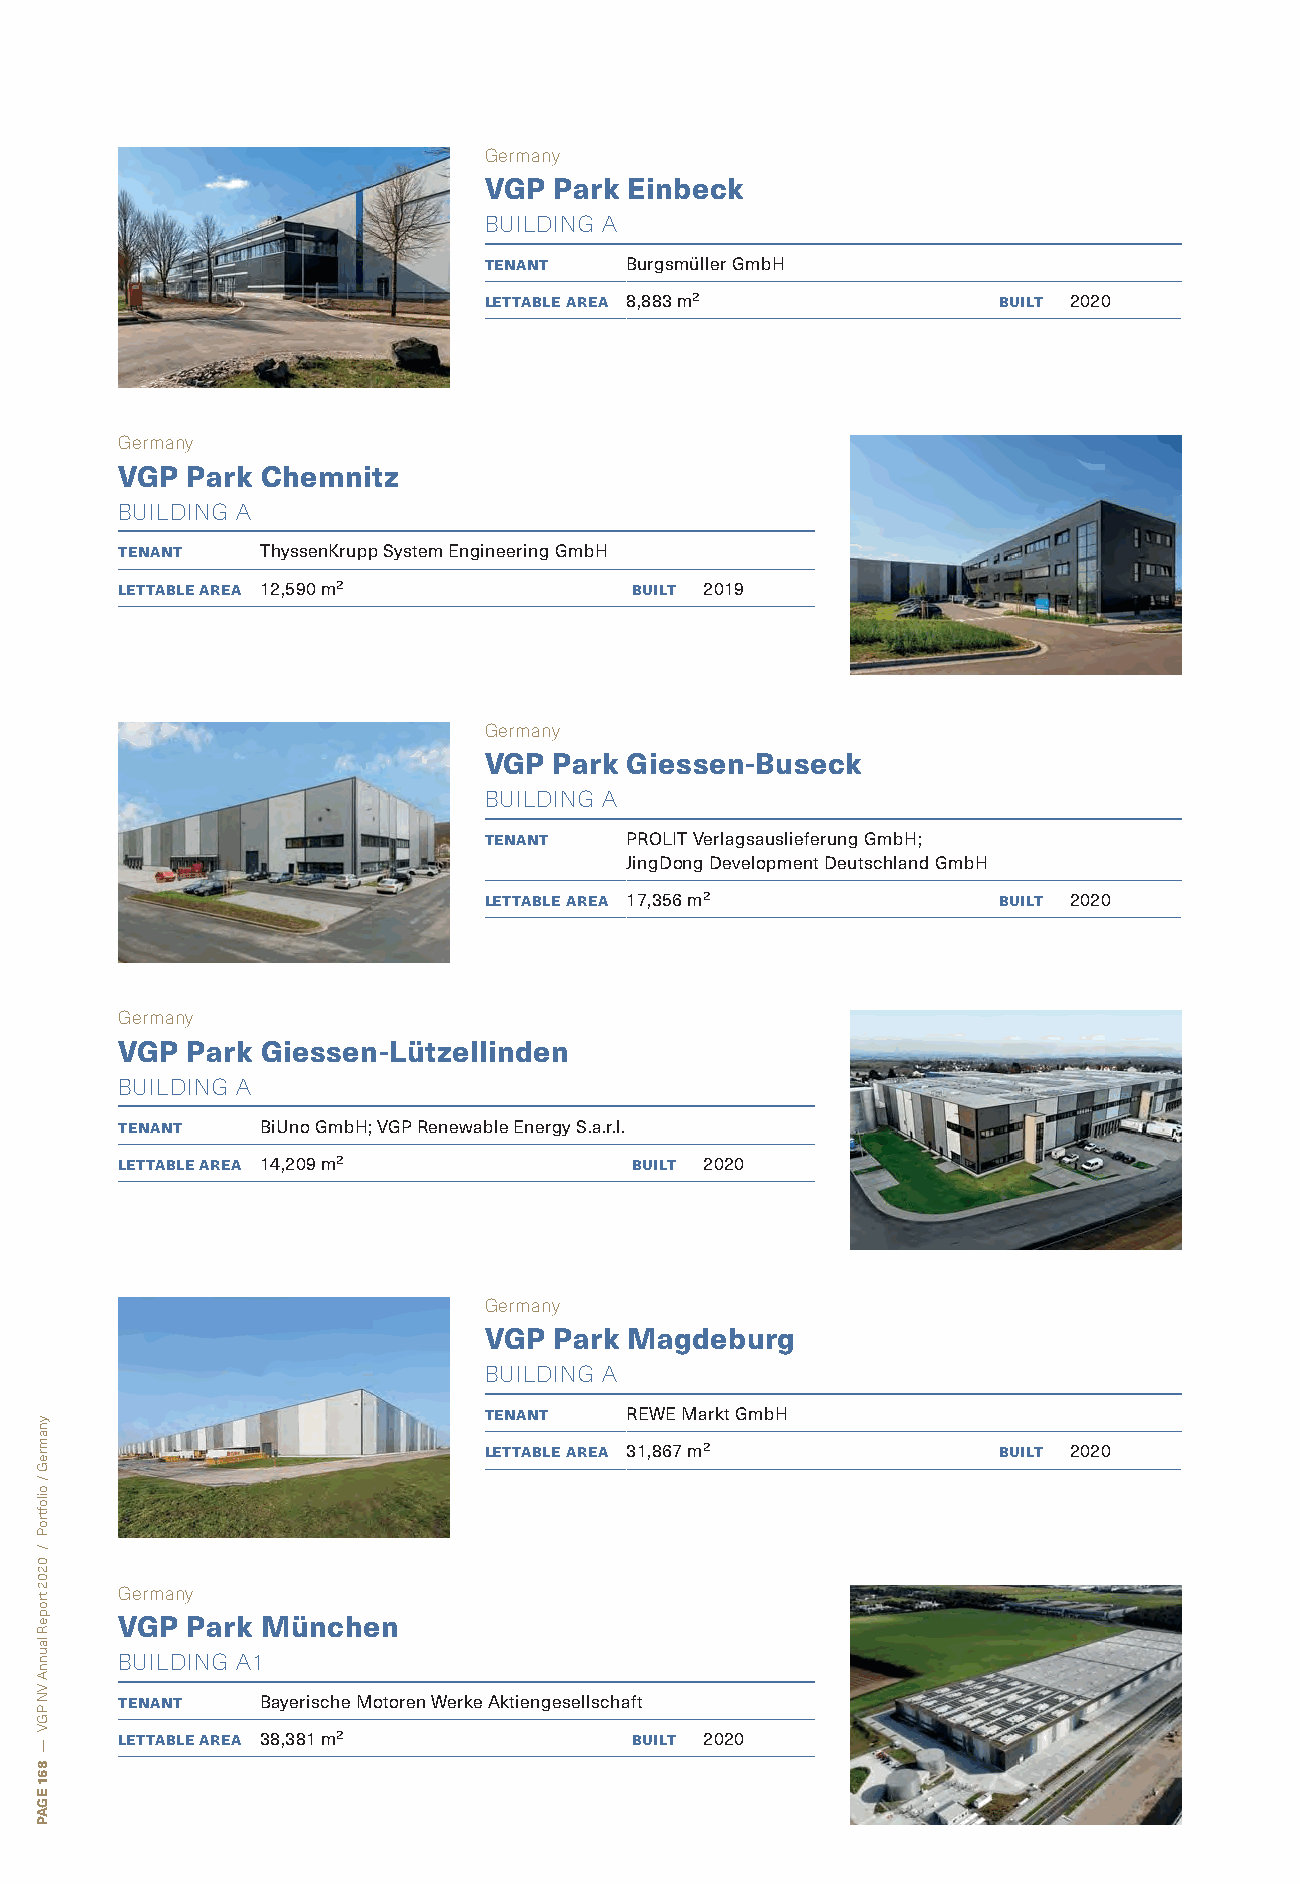
Germany
 VGP  Park Einbeck
 BUILDING A
 tenant   Burgsmüller GmbH
 lettable area 8,883 m²            built 2020
 Germany
 VGP Park Chemnitz
 BUILDING A
 tenant   ThyssenKrupp System Engineering GmbH
 lettable area 12,590 m²           built 2019
 Germany
 VGP  Park Giessen-Buseck
 BUILDING A
 tenant   PROLIT Verlagsauslieferung GmbH;
 JingDong Development Deutschland GmbH
 lettable area 17,356 m²           built 2020
 Germany
 VGP Park Giessen-Lützellinden
 BUILDING A
 tenant   BiUno GmbH; VGP Renewable Energy S.a.r.l.
 lettable area 14,209 m²           built 2020
 Germany
 VGP  Park Magdeburg
 BUILDING A
 tenant   REWE Markt GmbH
 lettable area 31,867 m²           built 2020
 Germany
 VGP Park München
 BUILDING A1
 tenant   Bayerische Motoren Werke Aktiengesellschaft
 lettable area 38,381 m²           built 2020
 ynamreG
 /
 oiloftroP
 /
 0202
 tropeR
 launnA
 VN
 PGV
 —
 861
 EGAP